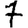
Digit: 7